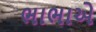
ભાભાએ